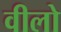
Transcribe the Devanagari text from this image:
वीलो